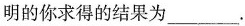
明的你求得的结果为___.